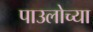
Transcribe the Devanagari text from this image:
पाउलोच्या